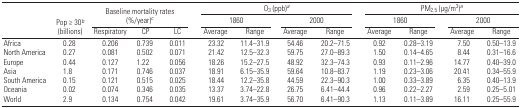
<table><thead><tr><td rowspan="3"></td><td rowspan="3"><b>Pop ≥ 30b (billions)</b></td><td rowspan="2" colspan="3"><b>Baseline mortality rates (%/year)c</b></td><td colspan="4"><b>O<sub>3</sub> (ppb)a</b></td><td colspan="4"><b>PM<sub>2.5</sub> (μg/m<sup>3</sup>)a</b></td></tr><tr><td colspan="2"><b>1860</b></td><td colspan="2"><b>2000</b></td><td colspan="2"><b>1860</b></td><td colspan="2"><b>2000</b></td></tr><tr><td><b>Respiratory</b></td><td><b>CP</b></td><td><b>LC</b></td><td><b>Average</b></td><td><b>Range</b></td><td><b>Average</b></td><td><b>Range</b></td><td><b>Average</b></td><td><b>Range</b></td><td><b>Average</b></td><td><b>Range</b></td></tr></thead><tbody><tr><td>Africa</td><td>0.28</td><td>0.206</td><td>0.739</td><td>0.011</td><td>23.32</td><td>11.4–31.9</td><td>54.46</td><td>20.2–71.5</td><td>0.92</td><td>0.28–3.19</td><td>7.50</td><td>0.50–13.9</td></tr><tr><td>North America</td><td>0.27</td><td>0.081</td><td>0.502</td><td>0.071</td><td>21.42</td><td>12.5–32.3</td><td>59.75</td><td>27.0–89.3</td><td>1.50</td><td>0.14–4.65</td><td>8.44</td><td>0.31–16.6</td></tr><tr><td>Europe</td><td>0.44</td><td>0.127</td><td>1.22</td><td>0.056</td><td>18.26</td><td>15.2–27.5</td><td>48.92</td><td>32.3–74.3</td><td>0.93</td><td>0.11–2.96</td><td>14.77</td><td>0.40–39.0</td></tr><tr><td>Asia</td><td>1.8</td><td>0.171</td><td>0.746</td><td>0.037</td><td>18.91</td><td>6.15–35.9</td><td>59.64</td><td>10.8–83.7</td><td>1.19</td><td>0.23–3.06</td><td>20.41</td><td>0.34–55.9</td></tr><tr><td>South America</td><td>0.15</td><td>0.121</td><td>0.515</td><td>0.025</td><td>18.44</td><td>12.2–35.8</td><td>44.59</td><td>22.3–90.3</td><td>1.00</td><td>0.33–3.89</td><td>6.35</td><td>0.40–13.9</td></tr><tr><td>Oceania</td><td>0.02</td><td>0.074</td><td>0.346</td><td>0.035</td><td>13.37</td><td>3.74–22.8</td><td>26.75</td><td>6.41–44.4</td><td>0.96</td><td>0.22–2.27</td><td>2.59</td><td>0.25–5.01</td></tr><tr><td>World</td><td>2.9</td><td>0.134</td><td>0.754</td><td>0.042</td><td>19.61</td><td>3.74–35.9</td><td>56.70</td><td>6.41–90.3</td><td>1.13</td><td>0.11–3.89</td><td>16.11</td><td>0.25–55.9</td></tr></tbody></table>